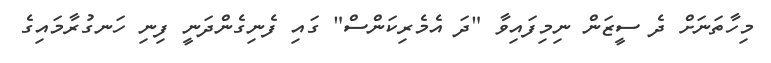
މިހާތަނަށް ދެ ސީޒަން ނިމިފައިވާ "ދަ އެމެރިކަންސް" ގައި ފެނިގެންދަނީ ފިނި ހަނގުރާމައިގެ